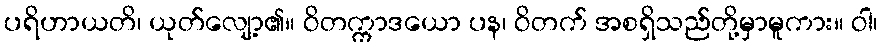
ပရိဟာယတိ၊ ယုတ်လျော့၏။ ဝိတက္ကာဒယော ပန၊ ဝိတက် အစရှိသည်တို့မှာမူကား။ ဝါ၊